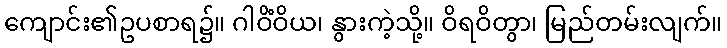
ကျောင်း၏ဥပစာရ၌။ ဂါဝိံဝိယ၊ နွားကဲ့သို့။ ဝိရဝိတွာ၊ မြည်တမ်းလျက်။